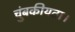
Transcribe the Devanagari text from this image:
चुंबकीयता।